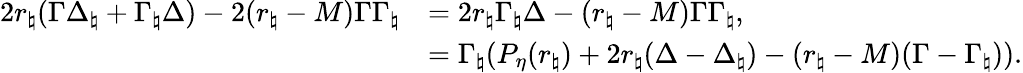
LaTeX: \begin{array}{rl}{2r_{\natural}(\Gamma\Delta_{\natural}+\Gamma_{\natural}\Delta)-2(r_{\natural}-M)\Gamma\Gamma_{\natural}}&{=2r_{\natural}\Gamma_{\natural}\Delta-(r_{\natural}-M)\Gamma\Gamma_{\natural},}\\ &{=\Gamma_{\natural}(P_{\eta}(r_{\natural})+2r_{\natural}(\Delta-\Delta_{\natural})-(r_{\natural}-M)(\Gamma-\Gamma_{\natural})).}\end{array}